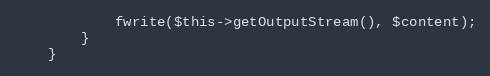
Language: PHP
            fwrite($this->getOutputStream(), $content);
        }
    }